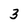
Character: 3